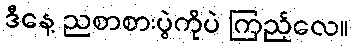
ဒီနေ့ ညစာစားပွဲကိုပဲ ကြည့်လေ။